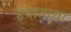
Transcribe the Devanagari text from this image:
हयातच्या